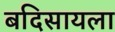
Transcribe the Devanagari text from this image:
बदिसायला